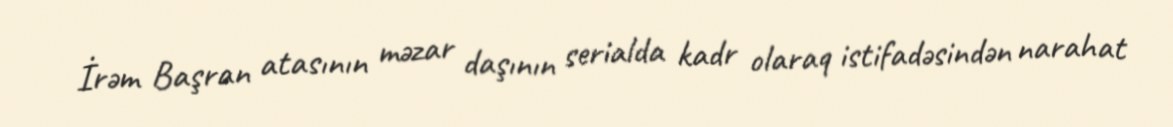
İrəm Başran atasının məzar daşının serialda kadr olaraq istifadəsindən narahat